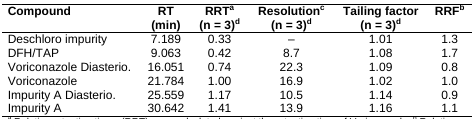
<table><thead><tr><td><b>Compound</b></td><td><b>RT (min)</b></td><td><b>RRT<sup>a</sup> (n = 3)<sup>d</sup></b></td><td><b>Resolution<sup>c</sup> (n = 3)<sup>d</sup></b></td><td><b>Tailing factor (n = 3)<sup>d</sup></b></td><td><b>RRF<sup>b</sup></b></td></tr></thead><tbody><tr><td>Deschloro impurity</td><td>7.189</td><td>0.33</td><td>–</td><td>1.01</td><td>1.3</td></tr><tr><td>DFH/TAP</td><td>9.063</td><td>0.42</td><td>8.7</td><td>1.08</td><td>1.7</td></tr><tr><td>Voriconazole Diasterio.</td><td>16.051</td><td>0.74</td><td>22.3</td><td>1.09</td><td>0.8</td></tr><tr><td>Voriconazole</td><td>21.784</td><td>1.00</td><td>16.9</td><td>1.02</td><td>1.0</td></tr><tr><td>Impurity A Diasterio.</td><td>25.559</td><td>1.17</td><td>10.5</td><td>1.14</td><td>0.9</td></tr><tr><td>Impurity A</td><td>30.642</td><td>1.41</td><td>13.9</td><td>1.16</td><td>1.1</td></tr></tbody></table>